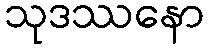
သုဒဿနော